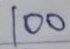
100